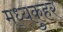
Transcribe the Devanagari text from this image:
मध्यकुहर